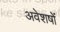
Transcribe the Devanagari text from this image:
अवेशषों